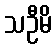
သဦမိ